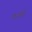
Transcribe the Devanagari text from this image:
क्रचक्री